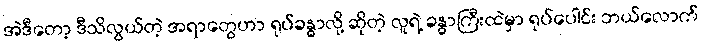
အဲဒီတော့ ဒီသိလွယ်တဲ့ အရာတွေဟာ ရုပ်ခန္ဓာလို့ ဆိုတဲ့ လူရဲ့ ခန္ဓာကြီးထဲမှာ ရုပ်ပေါင်း ဘယ်လောက်